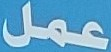
عمل